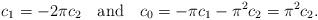
LaTeX: \begin{align*}c_1=-2\pi c_2 \quad\mbox{and}\quad{ c_0=-\pi c_1- \pi^2 c_2=\pi^2 c_2.} \end{align*}